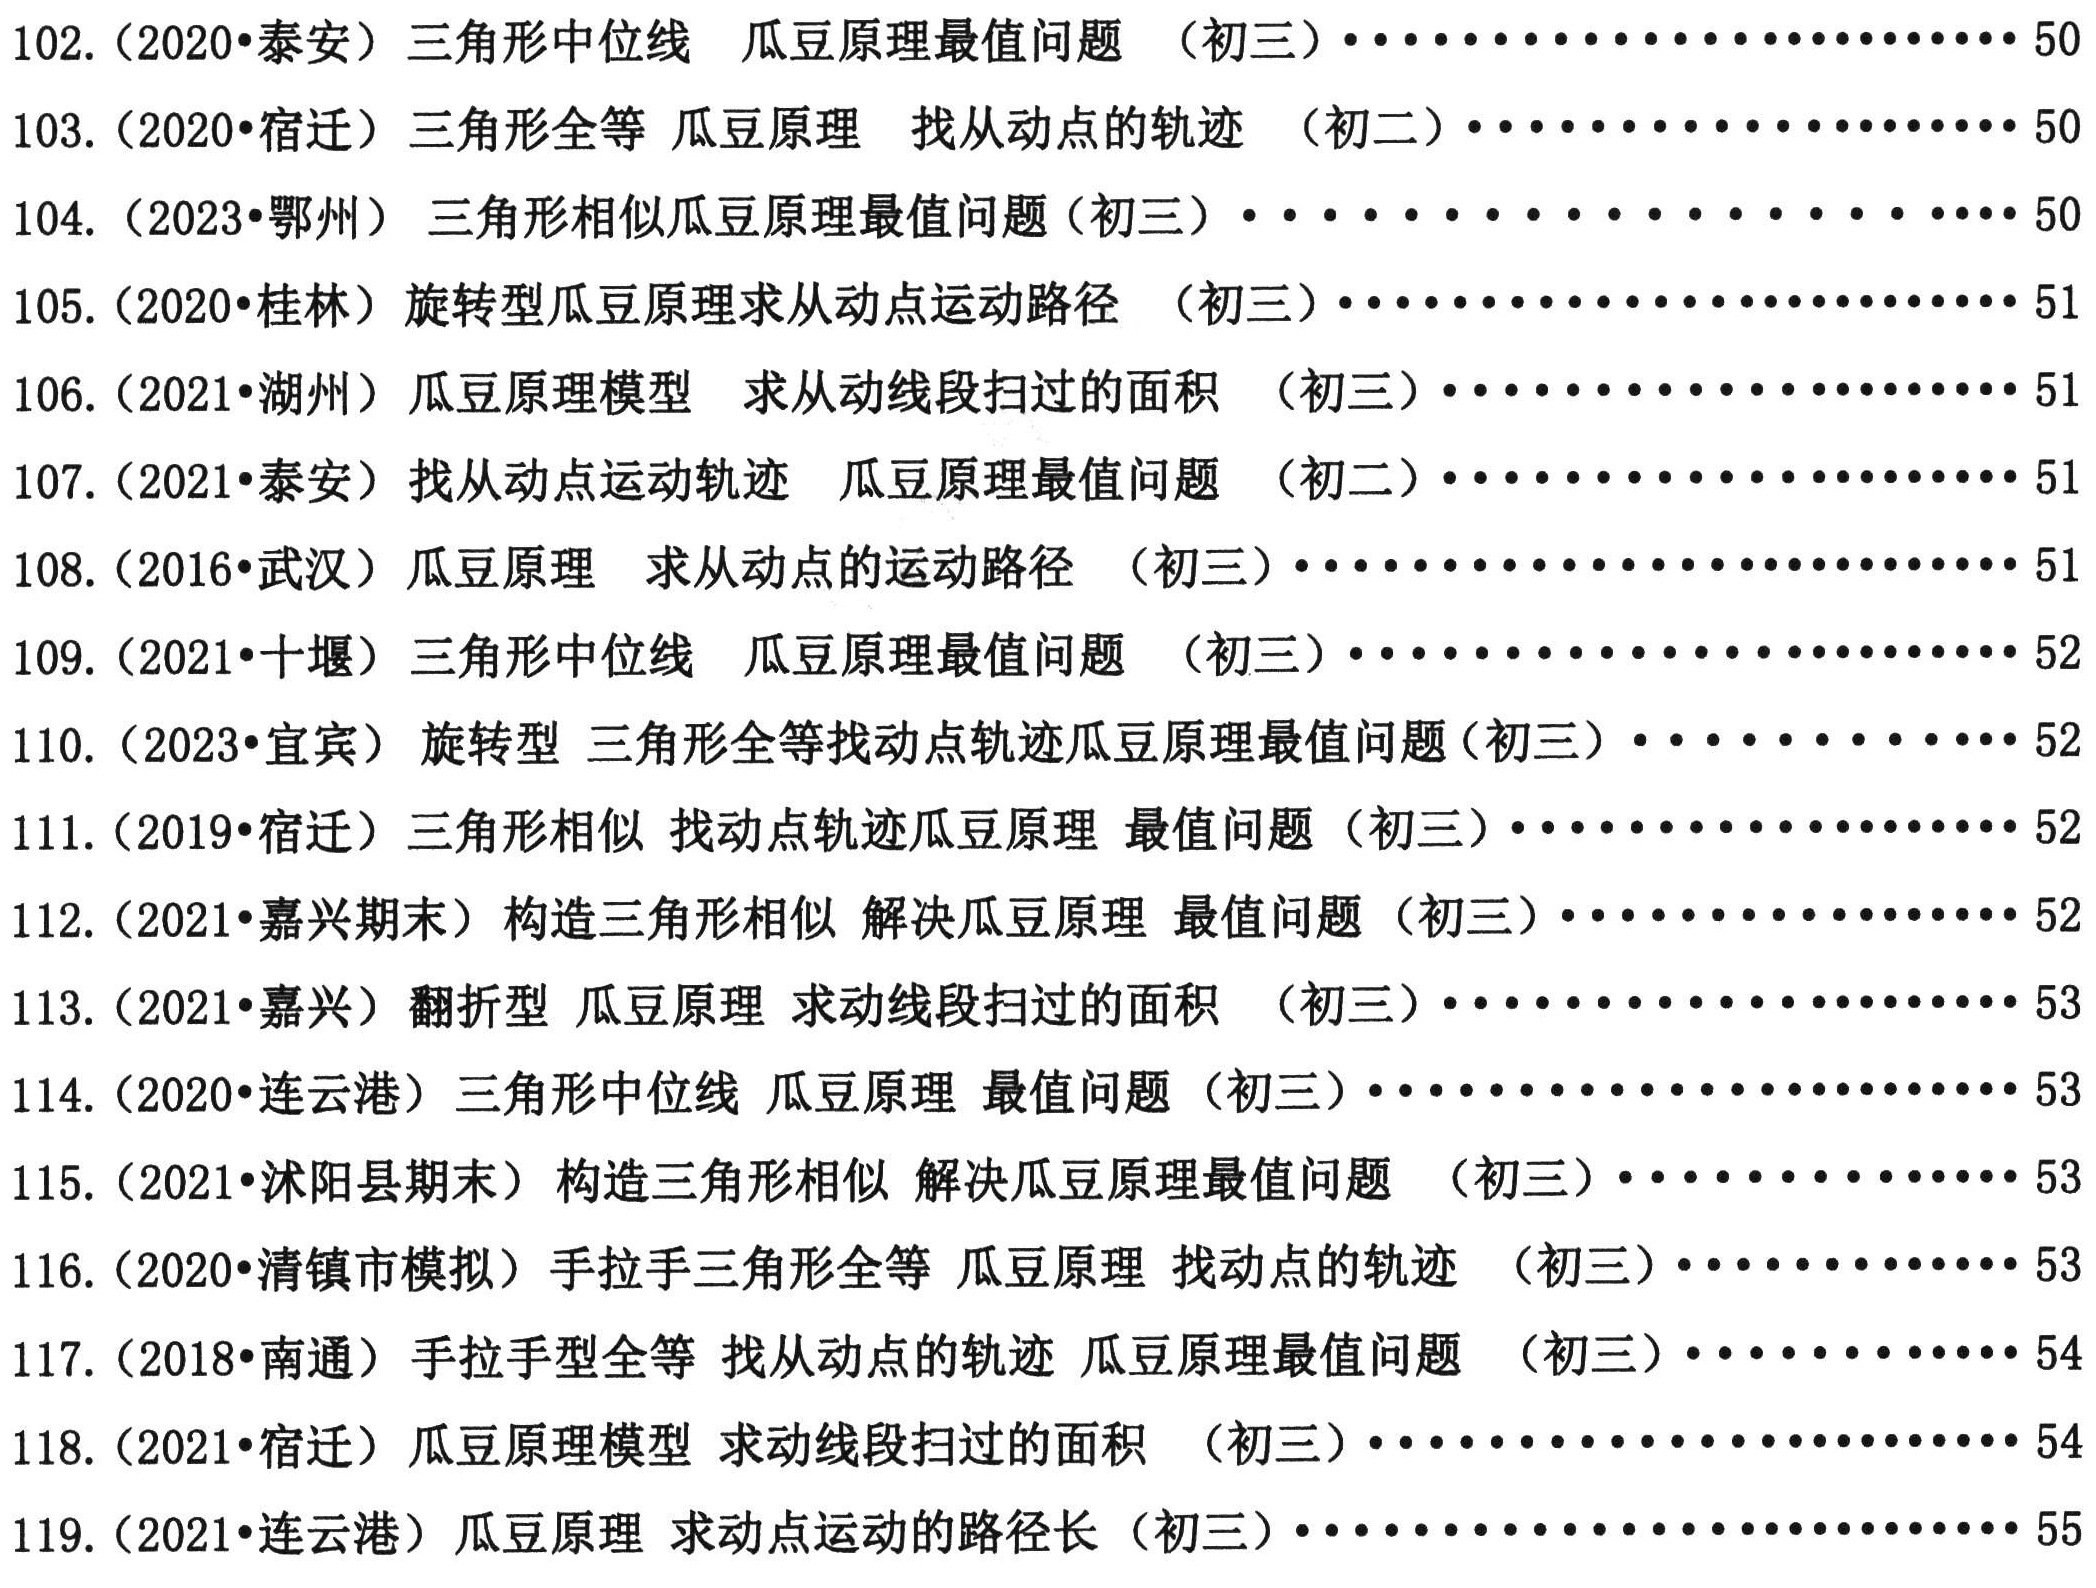
102. (2020•泰安) 三角形中位线 瓜豆原理最值问题 （初三）…………………… 50
103. (2020•宿迁) 三角形相似 瓜豆原理 找从动点的轨迹 （初二）…………………… 50
104. (2023•鄂州) 三角形相似瓜豆原理最值问题(初三) ………………………… 50
105. (2020•桂林) 旋转型瓜豆原理求从动点运动路径 （初三）…………………… 50
106. (2021•湖州) 瓜豆原理模型 求从动线段扫过的面积 （初三）…………………… 51
106. (2021•泰安) 找从动点运动轨迹 瓜豆原理最值问题 （初二）…………………… 51
107. (2021•泰安) 找从动点运动轨迹 瓜豆原理最值问题 （初二）…………………… 51
108. (2016•武汉) 瓜豆原理 求从动点的运动路径 （初三）…………………… 51
109. (2021•十堰) 三角形中位线 瓜豆原理最值问题 （初三）…………………… 52
110. (2023•宜宾) 旋转型 三角形全等找动点轨迹瓜豆原理最值问题(初三) …………… 52
111. (2019•宿迁) 三角形相似 找动点轨迹瓜豆原理 最值问题 （初三）…………………… 52
112. (2021•嘉兴期末) 构造三角形相似 解决瓜豆原理 最值问题 （初三）…………………… 52
113. (2021•嘉兴) 翻折型 瓜豆原理 求动线段扫过的面积 （初三）…………………… 53
114. (2020•连云港) 三角形中位线 瓜豆原理 最值问题 （初三）…………………… 53
115. (2021•沭阳县期末) 构造三角形相似 解决瓜豆原理最值问题 （初三）…………………… 53
116. (2020•清镇市模拟) 手拉手三角形全等 瓜豆原理 找动点的轨迹 （初三）……………… 53
117. (2018•南通) 手拉手型全等 找从动点的轨迹 瓜豆原理最值问题 （初三）……………… 54
118. (2021•宿迁) 瓜豆原理模型 求动线段扫过的面积 （初三）…………………… 54
119. (2021•连云港) 瓜豆原理 求动点运动的路径长 （初三）…………………… 55